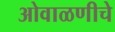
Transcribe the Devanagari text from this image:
ओवाळणीचे